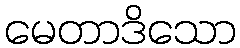
မေတာဒိသော